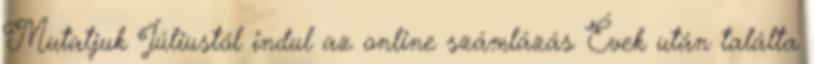
Mutatjuk Júliustól indul az online számlázás Évek után találta